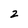
Character: 2